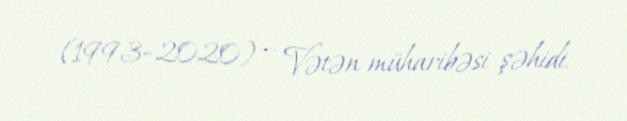
(1993–2020) — Vətən müharibəsi şəhidi.